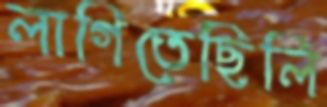
লাগিতেছিলি